Document type: Sale
Year: 1323
Scribe: Guillem Coscoll
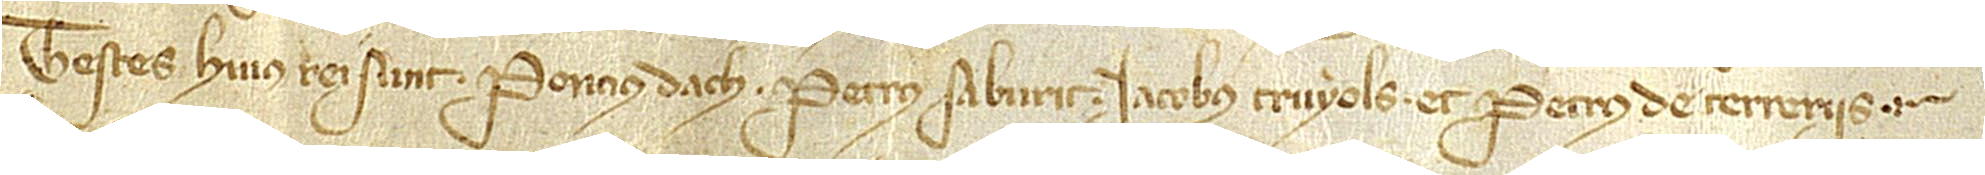
Testes huius rei sunt: Poncius Dach, Petrus Saburit, Iacobus Truyols et Petrus de Terreriis.